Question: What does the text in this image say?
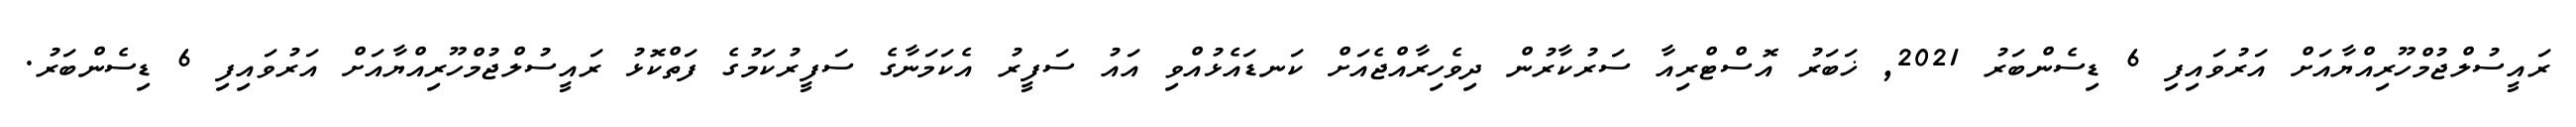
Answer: ރައީސުލްޖުމްހޫރިއްޔާއަށް އަރުވައިފި 6 ޑިސެންބަރު 2021, ޚަބަރު އޮސްޓްރިއާ ސަރުކާރުން ދިވެހިރާއްޖެއަށް ކަނޑައެޅުއްވި އައު ސަފީރު އެކަމަނާގެ ސަފީރުކަމުގެ ފަތްކޮޅު ރައީސުލްޖުމްހޫރިއްޔާއަށް އަރުވައިފި 6 ޑިސެންބަރު.